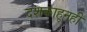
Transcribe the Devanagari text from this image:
दशकाहूनही